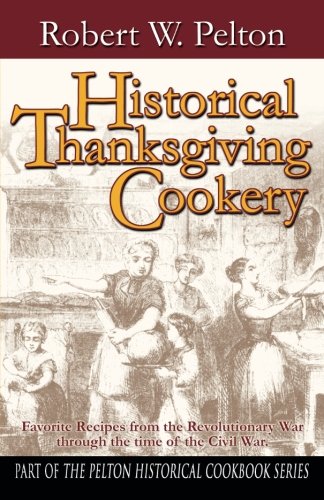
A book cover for Historical Thanksgiving Cookery; Robert W. Pelton; Cookbooks, Food & Wine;